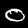
Digit: 0